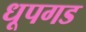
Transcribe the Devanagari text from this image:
धूपगड